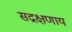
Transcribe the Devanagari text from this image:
सद्रक्षणाय